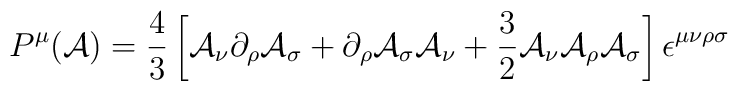
P^{\mu}({\cal A})=\frac{4}{3}\left[{\cal A}_\nu\partial_\rho{\cal A}_\sigma+\partial_\rho{\cal A}_\sigma{\cal A}_\nu+\frac{3}{2}{\cal A}_\nu{\cal A}_\rho{\cal A}_\sigma\right]\epsilon^{\mu\nu\rho\sigma}